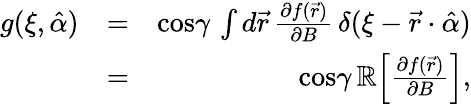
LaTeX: \begin{array}{rlr}{g(\xi,\hat{\alpha})}&{=}&{\mathrm{cos}\gamma\, \int d{\vec{r}}\, \frac{\partial f(\vec{r})}{\partial B}\, \delta(\xi-\vec{r}\cdot\hat{\alpha})}\\ &{=}&{\mathrm{cos}\gamma\, \mathbb{R}\! \left[\frac{\partial f(\vec{r})}{\partial B}\right],}\end{array}